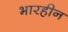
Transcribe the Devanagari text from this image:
भारहीन